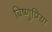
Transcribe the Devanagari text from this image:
बिष्णुप्रिय़ा